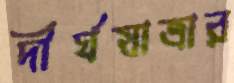
দীর্ঘযাত্রার